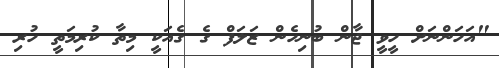
"އަހަންނަށް ހީވީ ޖާން ބުނިހެން ޒަލަފް ގެ ގެއަކީ މިތާ ކުރިމަތީ ހުރި